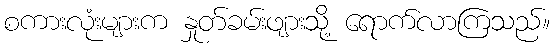
စကားလုံးများက နှုတ်ခမ်းဖျားသို့ ရောက်လာကြသည်။